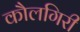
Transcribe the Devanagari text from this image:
कौलगिरी